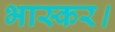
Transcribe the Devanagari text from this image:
भास्कर।